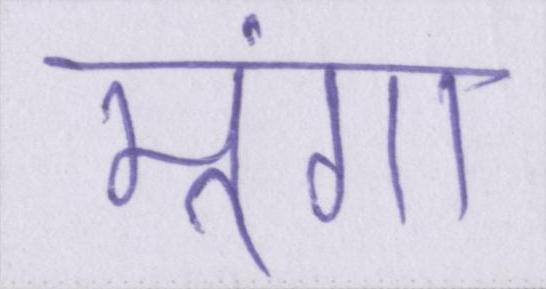
मूंगा